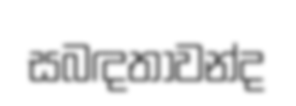
සබඳතාවන්ද